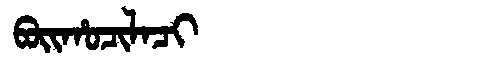
Manchu: ᠪᠣᡳᡥᠣᠴᡳᠯᠠᠴᡳ
Romanization: BOIHOCILACI